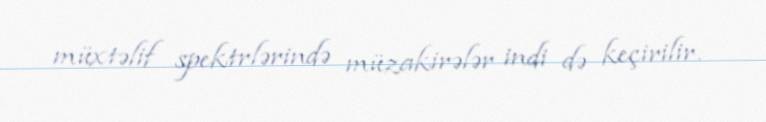
müxtəlif spektrlərində müzakirələr indi də keçirilir.